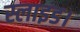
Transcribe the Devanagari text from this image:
स्लाइड।